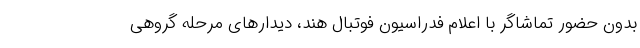
بدون حضور تماشاگر با اعلام فدراسیون فوتبال هند، دیدار‌های مرحله گروهی